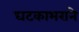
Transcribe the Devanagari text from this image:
घटकाभराने